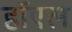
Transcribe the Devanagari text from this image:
हॉएल